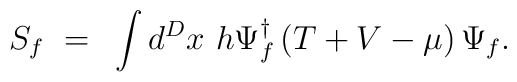
S_f ~=~ \int d^D x~h  \Psi_f^{\dagger} \left( T + V - \mu \right) \Psi_f .